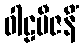
ဝါဠဗီဇနိံ